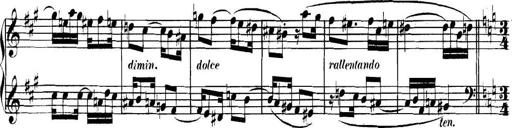
Title: Collected Piano Sonatas
Composer: Muzio Clementi